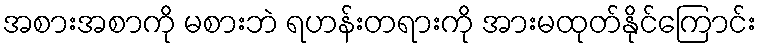
အစားအစာကို မစားဘဲ ရဟန်းတရားကို အားမထုတ်နိုင်ကြောင်း